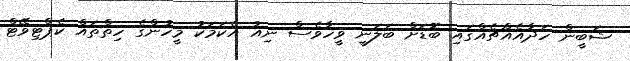
ޝަބީން ހަދާއެއްޗެއްގައި ބޮޑަށް ބަލަނީ ވީހާވެސް ނިއު އެކަމަކު މީހުންގެ ހިތްތައް ކެޕްޓިވޭޓް